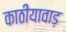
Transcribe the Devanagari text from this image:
काठीयावाड़